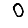
Digit: 0